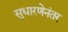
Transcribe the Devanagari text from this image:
सुधारणेनंतर